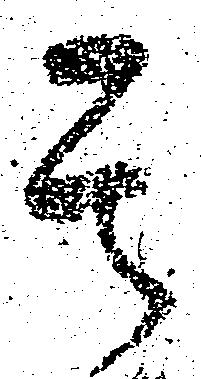
其